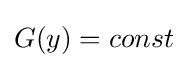
G(y)=const